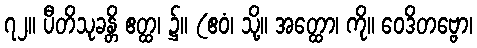
၇၂။ ပီတိသုခန္တိ ဧတ္ထ၊ ၌။ (ဧဝံ၊ သို့။ အတ္ထော၊ ကို။ ဝေဒိတဗ္ဗော၊